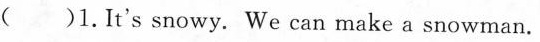
( )1.It's snowy. We can make a snowman.